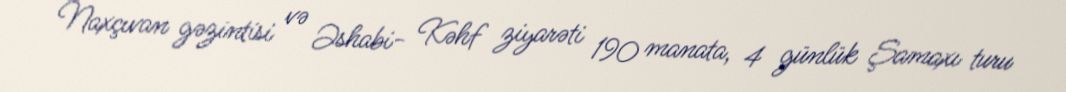
Naxçıvan gəzintisi və Əshabi- Kəhf ziyarəti 190 manata, 4 günlük Şamaxı turu